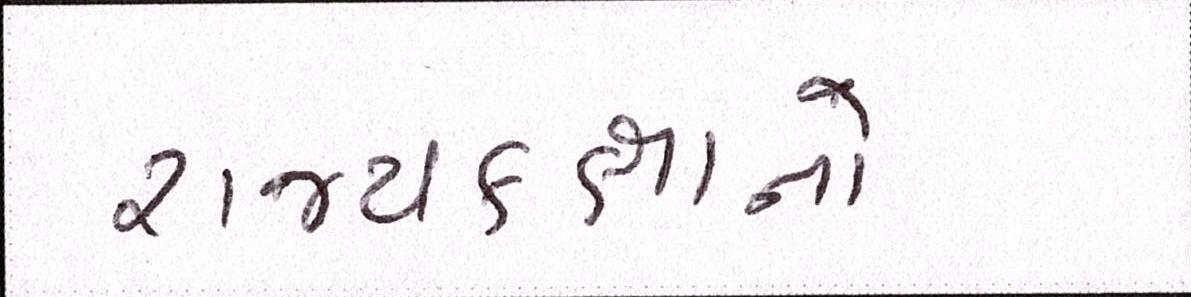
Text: રાજ્યકક્ષાનો